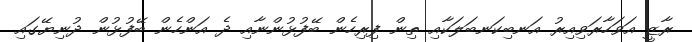
ރާޒީ އަވަހާރަވިއިރު އަނބިކަނބަލަކާއި ތިން ފިރިހެން ބޭފުޅުންނާއި ދެ އަންހެން ބޭފުޅުން ދުނިޔޭގައި